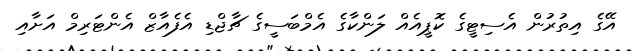
އޭގެ އިތުރުން އެސިޓީގެ ކޮޕީއެއް ލަންކާގެ އެމްބަސީގެ ޗާޖްޑި އެފެއާޒް އެންޓަރިމް އަށާއި